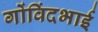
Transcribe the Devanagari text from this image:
गोंविंदभाई